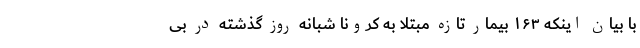
با بیان اینکه ۱۶۳ بیمار تازه مبتلا به کرونا شبانه روز گذشته در بی